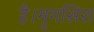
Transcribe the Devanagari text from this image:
है।मॄगसिरा